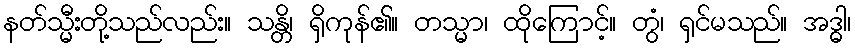
နတ်သ္မီးတို့သည်လည်း။ သန္တိ၊ ရှိကုန်၏။ တသ္မာ၊ ထိုကြောင့်။ တွံ၊ ရှင်မသည်။ အဒ္ဓါ၊